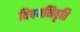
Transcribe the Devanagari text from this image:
विषयनिवृति